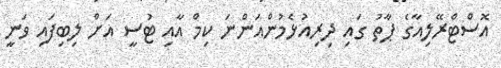
އޮސްޓްރޭލިއާގެ ޕާތު ގައި ދިރިއުޅެމުންއަންނަ ކިމް އާއި ޓުސީ އަށް ލިބިފައި ވަނީ